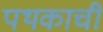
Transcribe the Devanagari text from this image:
पथकाची